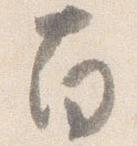
南